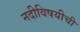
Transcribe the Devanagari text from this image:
नदीविषयीची